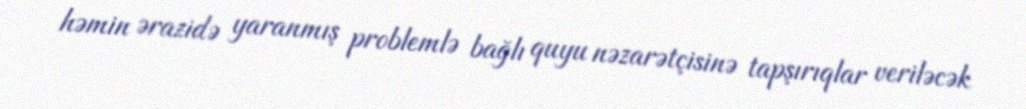
həmin ərazidə yaranmış problemlə bağlı quyu nəzarətçisinə tapşırıqlar veriləcək